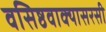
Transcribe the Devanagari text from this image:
वसिष्ठवाक्यासरसी